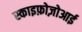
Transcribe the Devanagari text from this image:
स्काइफ़ोज़ोआई